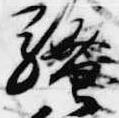
騒